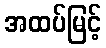
အထပ်မြင့်